65_HS1-834228961_62-HQ-83894_Section_1
Agency: FBI
Page 36
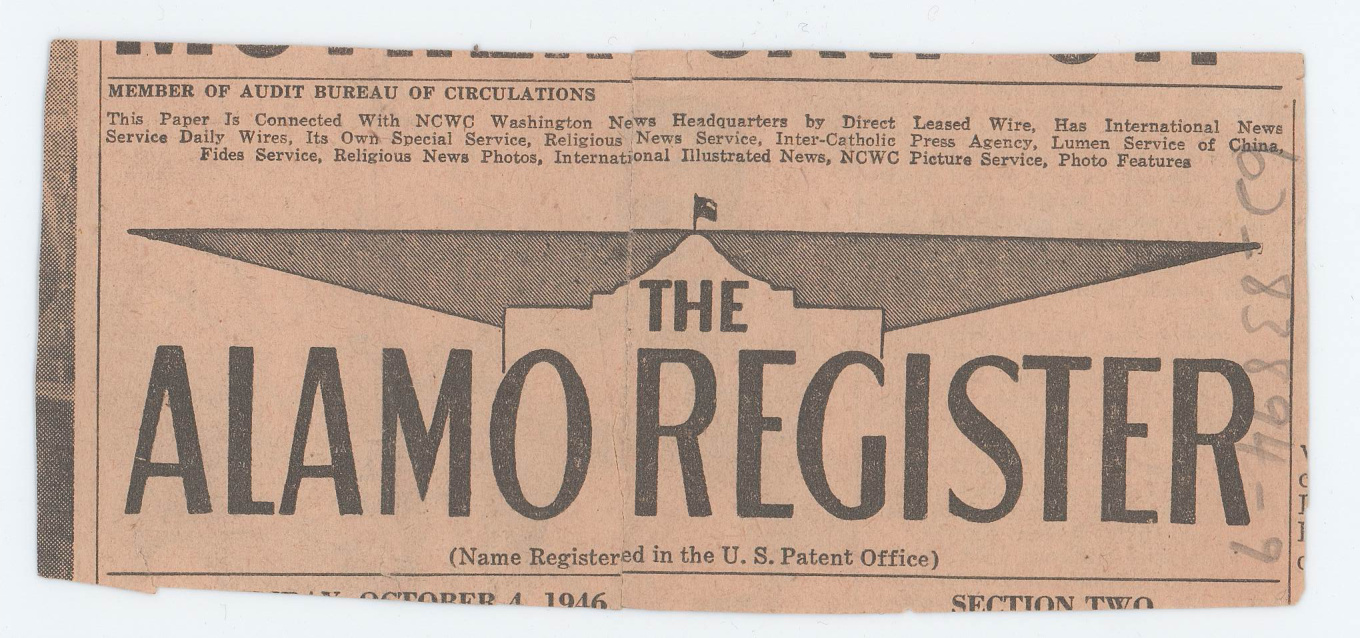